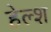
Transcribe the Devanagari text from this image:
हेल्श